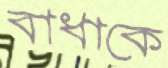
বাধাকে